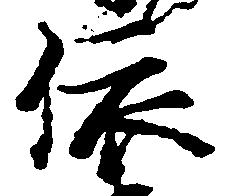
依